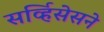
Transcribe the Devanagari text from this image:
सर्व्हिसेसने